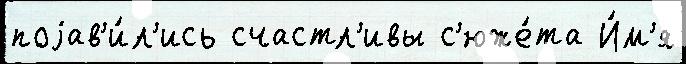
поjав'и́л'ись счастл'ивы с'юже́та И́м'я